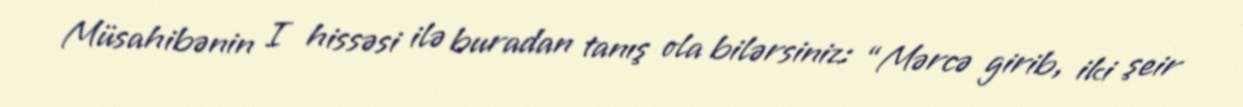
Müsahibənin I hissəsi ilə buradan tanış ola bilərsiniz: “Mərcə girib, iki şeir